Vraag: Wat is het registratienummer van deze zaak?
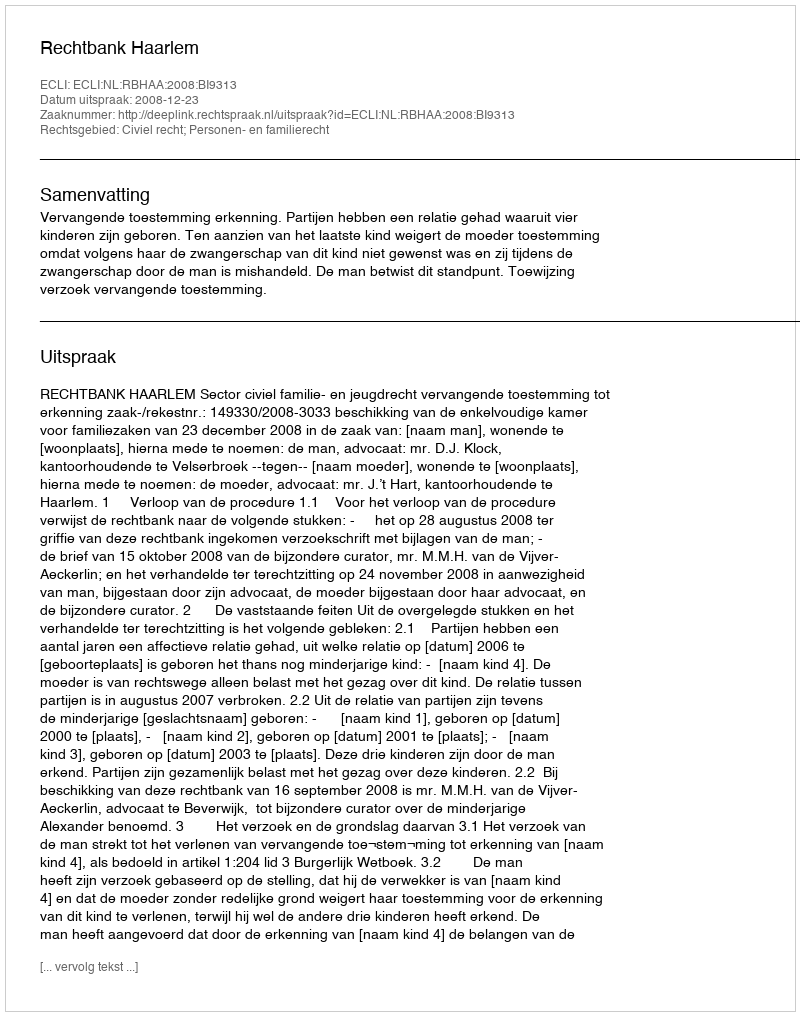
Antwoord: http://deeplink.rechtspraak.nl/uitspraak?id=ECLI:NL:RBHAA:2008:BI9313